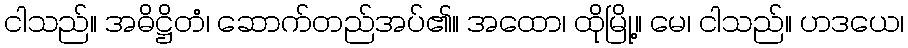
ငါသည်။ အဓိဋ္ဌိတံ၊ ဆောက်တည်အပ်၏။ အထော၊ ထိုမြို့။ မေ၊ ငါသည်။ ဟဒယေ၊